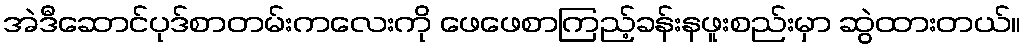
အဲဒီဆောင်ပုဒ်စာတမ်းကလေးကို ဖေဖေစာကြည့်ခန်းနဖူးစည်းမှာ ဆွဲထားတယ်။